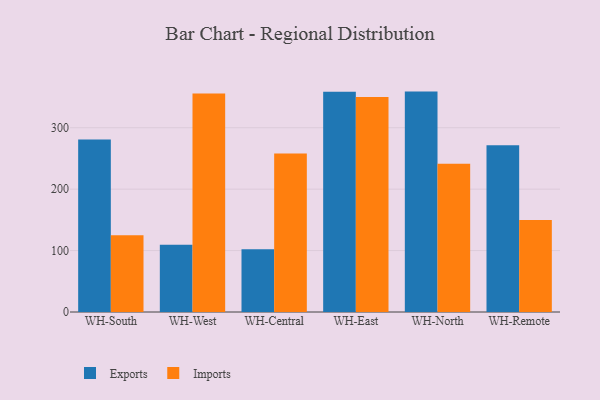
{"axis": {"x": "Warehouse", "y": "Tickets Resolved"}, "legend": ["Exports", "Imports"], "data": [{"x": "WH-South", "y": 281.0, "type": "Exports"}, {"x": "WH-South", "y": 124.8, "type": "Imports"}, {"x": "WH-West", "y": 109.6, "type": "Exports"}, {"x": "WH-West", "y": 355.6, "type": "Imports"}, {"x": "WH-Central", "y": 102.2, "type": "Exports"}, {"x": "WH-Central", "y": 258.0, "type": "Imports"}, {"x": "WH-East", "y": 358.7, "type": "Exports"}, {"x": "WH-East", "y": 350.2, "type": "Imports"}, {"x": "WH-North", "y": 358.8, "type": "Exports"}, {"x": "WH-North", "y": 241.3, "type": "Imports"}, {"x": "WH-Remote", "y": 271.5, "type": "Exports"}, {"x": "WH-Remote", "y": 149.8, "type": "Imports"}]}